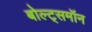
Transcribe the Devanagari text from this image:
बोल्ट्समॉन